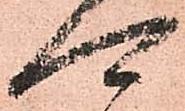
可